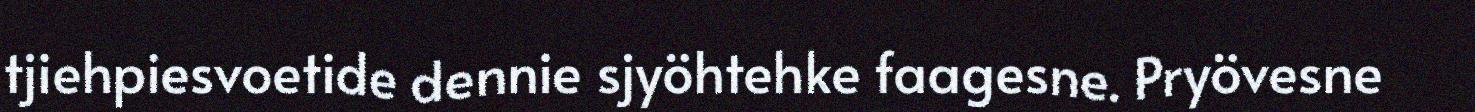
tjiehpiesvoetide dennie sjyöhtehke faagesne. Pryövesne